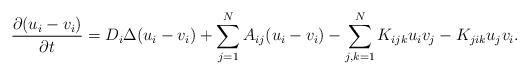
\begin{align*} \displaystyle \frac{\partial (u_i-v_i)}{\partial t} = D_i\Delta (u_i-v_i) + \sum_{j=1}^N A_{ij} (u_i-v_i) - \sum_{j,k=1}^N K_{ijk}u_i v_j-K_{jik}u_j v_i.\end{align*}